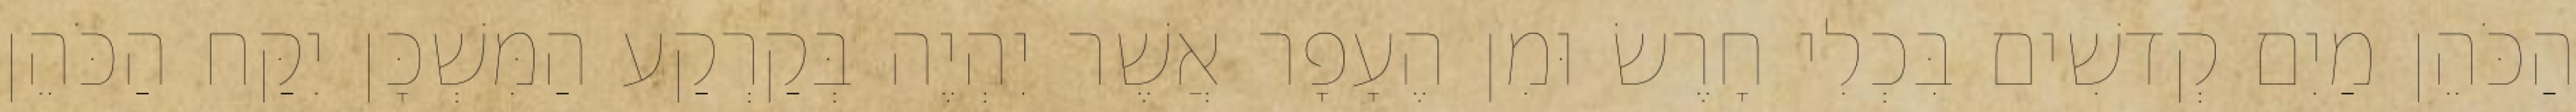
הַכֹּהֵן מַיִם קְדשִׁים בִּכְלִי חָרֶשׂ וּמִן הֶעָפָר אֲשֶׁר יִהְיֶה בְּקַרְקַע הַמִּשְׁכָּן יִקַּח הַכֹּהֵן